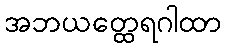
အဘယတ္ထေရဂါထာ